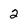
Character: 2